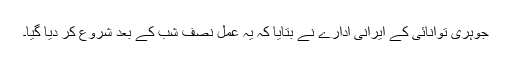
جوہری توانائی کے ایرانی ادارے نے بتایا کہ یہ عمل نصف شب کے بعد شروع کر دیا گیا۔